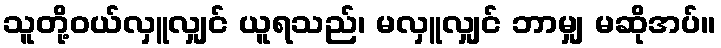
သူတို့ဝယ်လှူလျှင် ယူရသည်၊ မလှူလျှင် ဘာမျှ မဆိုအပ်။